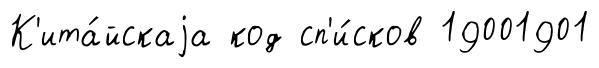
К'ита́йскаjа код сп'и́сков 19001901